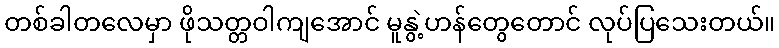
တစ်ခါတလေမှာ ဖိုသတ္တဝါကျအောင် မူနွဲ့ဟန်တွေတောင် လုပ်ပြသေးတယ်။